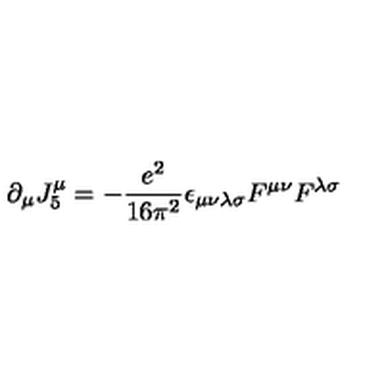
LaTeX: \partial _ { \mu } J _ { 5 } ^ { \mu } = - \frac { e ^ { 2 } } { 1 6 \pi ^ { 2 } } \epsilon _ { \mu \nu \lambda \sigma } F ^ { \mu \nu } F ^ { \lambda \sigma }